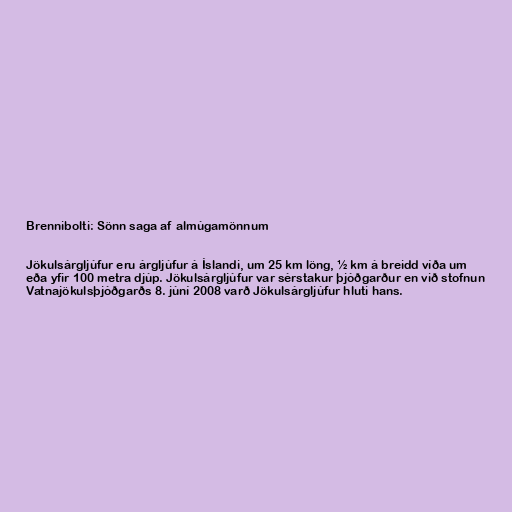
Brennibolti: Sönn saga af almúgamönnum

Jökulsárgljúfur eru árgljúfur á Íslandi, um 25 km löng, ½ km á breidd víða um
eða yfir 100 metra djúp. Jökulsárgljúfur var sérstakur þjóðgarður en við stofnun
Vatnajökulsþjóðgarðs 8. júní 2008 varð Jökulsárgljúfur hluti hans.